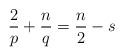
LaTeX: \begin{align*}\frac{2}{p} + \frac{n}{q} = \frac{n}{2} - s\end{align*}